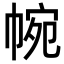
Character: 帵